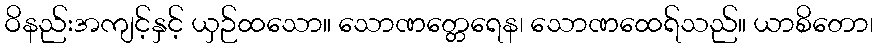
ဝိနည်းအကျင့်နှင့် ယှဉ်ထသော။ သောဏတ္တေရေန၊ သောဏထေရ်သည်။ ယာစိတော၊